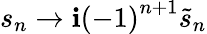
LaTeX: s_{n}\rightarrow\mathbf{i}\left(-1\right)^{n+1}\tilde{{s}}_{n}